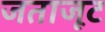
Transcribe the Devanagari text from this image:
जताजूट